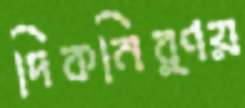
দিকনির্ণয়